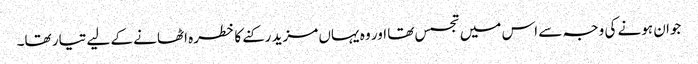
جوان ہونے کی وجہ سے اس میں تجسس تھا اور وہ یہاں مزید رکنے کا خطرہ اٹھانے کے لیے تیار تھا۔